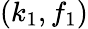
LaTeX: (k_{1},f_{1})